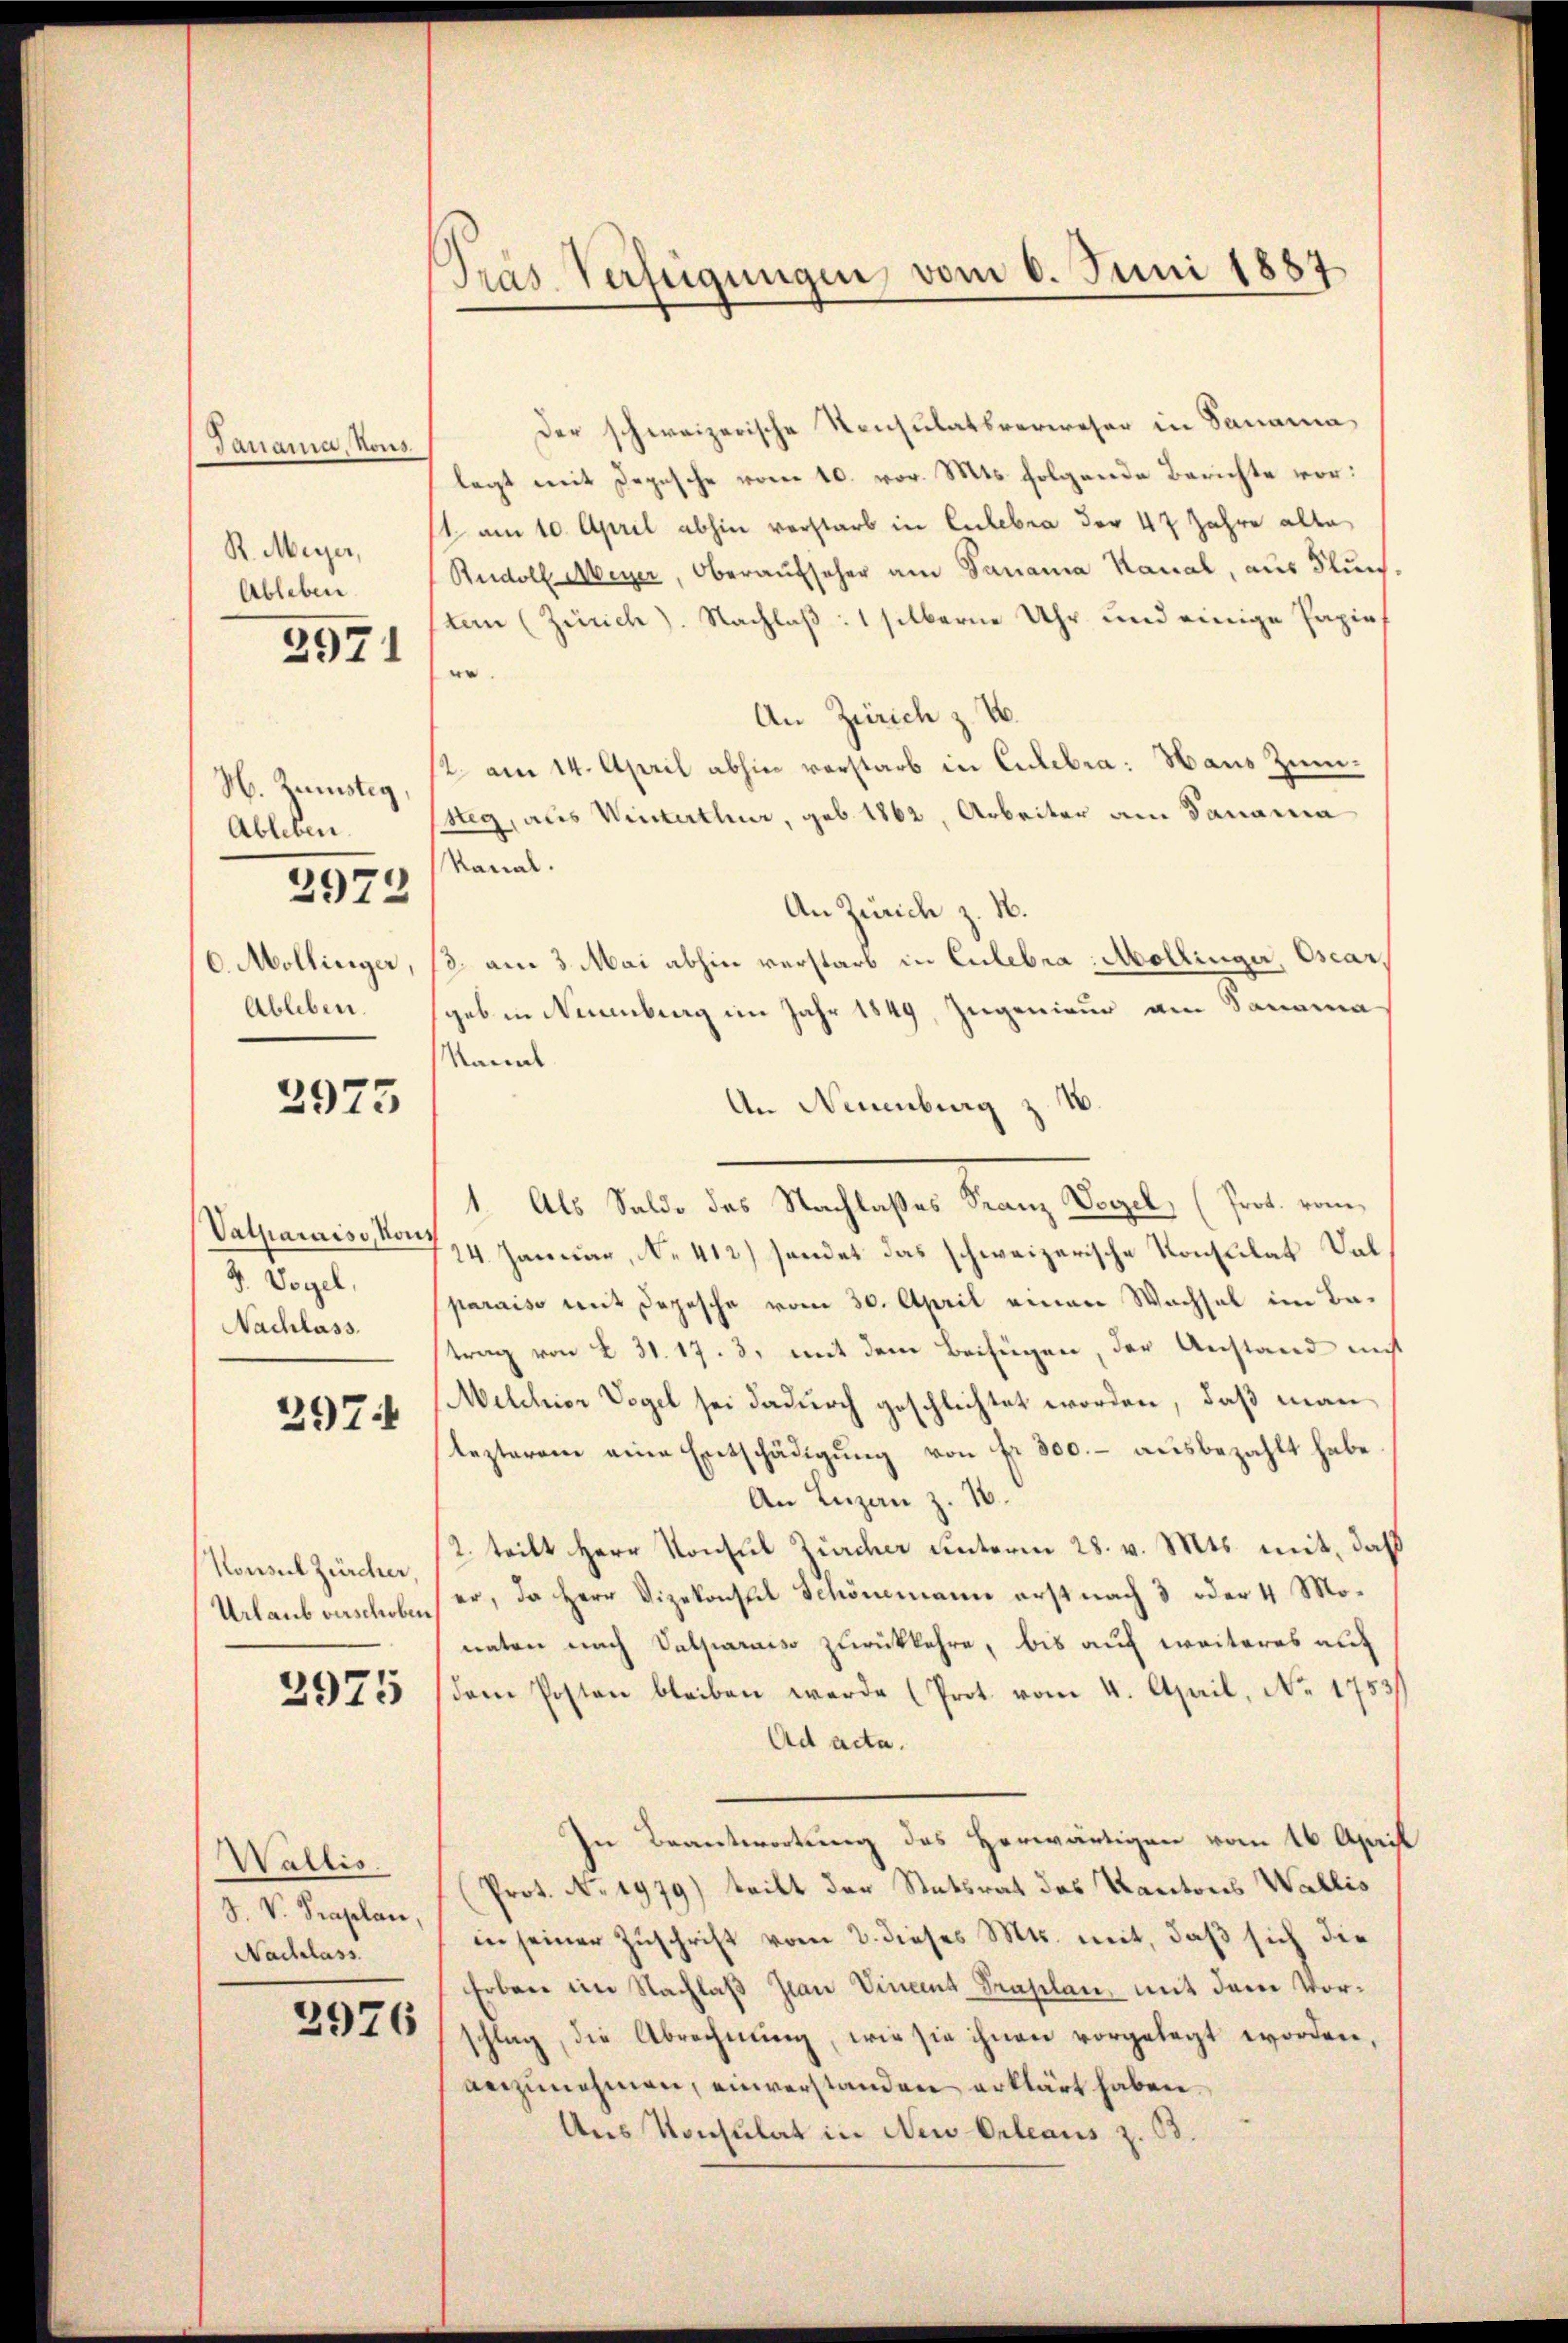
Janama, Nous
R. Meyer,
Ableben

2971

M. Zinstig
Ableben.
Ableben.

2972

2973

Valhiaraiss, Kons
3. Vogel,
Nachlass.

397

Der schweizerische Konsulatsverweser in Panama
legt mit Depesche vom 10. vor. Mts. folgende Berichte vor:
1 am 10. April abhin vorstarb in Entebra der 47 Jahre alle
Rudolf Meyer, Oberaufseher am Sanana Kanal, aus Fluchten (Zürich). Nachlaß: 1 silberne Uhr und einige Papiere.
An Zürich z. B.
12. am 14. April abhin verstarb in Culebra: Haus Zimsteg, aus Winterthur, geb. 1862, Arbeiter am Panama
Kanal.
An Zürich z. N.
/6. Mollinger, 18. am 3. Mai abhin verstarb in Culebra, Mollinger, Oscargeb in Neuenburg im Jahr 1849, Ingenieur am Panama
Kanal
An Neuenburg z. B.
1. Als Salde das Nachlasses Franz Vogel, (Prot. vom
24. Januar, No. 412) sendet das schweizerische Konsulat Valparaiso mit Depesche vom 30. April einen Wachsel im Batrag von § 31. 17. 3, mit dem Beifügen, der Anstand nicht
Melchior Vogel sei dadurch geschlichtet worden, daß man
lezterem eine Entschädigŭng von fr. 300.- aŭsbezahlt habe.
An Luzan z. 16.
2. teilt Herr Konsul Zürcher unterm 28. v. Mts. mit, daß
Urlaub verschoben er, da Herr Vizekonstel Schönemann erst nach 3 oder 4 Monaten nach Valparaiso zurückkehre, bis auf weiteres auf
(dem Posten bleiben werde (Prot. vom 4. April, No. 1753
Ad acta.
In Beantwortung des Herwärtigen vom 16. April
Prot. No. 1979) tritt der Statsrat das Kantons Wallis
J. V. Kaplan in seiner Zuschrift vom 3. dieses Mts. mit, daβ sich die
Erben im Nachlaß an Vinent Traplan, mit dem Vorschlag, die Abrechnung, wie sie ihnen vorgelegt worden,
anzunehmen, einverstanden erklärt haben.
Ans Konsulat in Neu Orleaus z. B.

Konsul Zürcher,

3975

Wallis.
Nachlass.

2976

Präs. Verfügungen, vom 6. Juni 1887